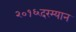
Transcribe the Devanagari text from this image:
२०१६दरम्यान